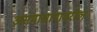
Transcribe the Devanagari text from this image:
असमाधानावरील